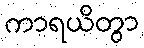
ကာရယိတွာ